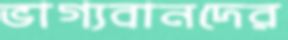
ভাগ্যবানদের